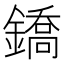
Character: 鐈